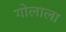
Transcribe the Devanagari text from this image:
गोलाला